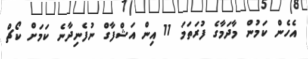
އެހެން ކަމުން މާދަމާގެ ފުރަތަމަ 11 އިން އަޝްފާގް ނުފެނިދާނެ ކަމަށް ކޯޗް